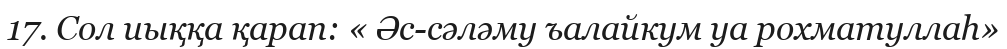
17. Сол иыққа қарап: « Әс-сәләму ъалайкум уа рохматуллаһ»